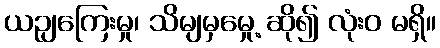
ယဉျကြေးမှု၊ သိမျမှမှေု့ ဆို၍ လုံးဝ မရှိ။